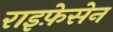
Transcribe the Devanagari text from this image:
राइफ़ेसेन